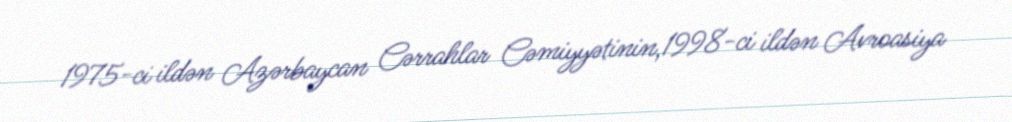
1975-ci ildən Azərbaycan Cərrahlar Cəmiyyətinin,1998-ci ildən Avroasiya